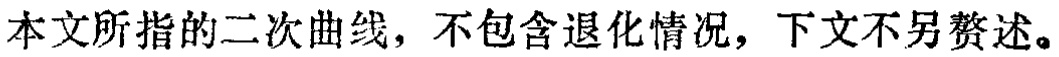
本文所指的二次曲线，不包含退化情况，下文不另赘述。